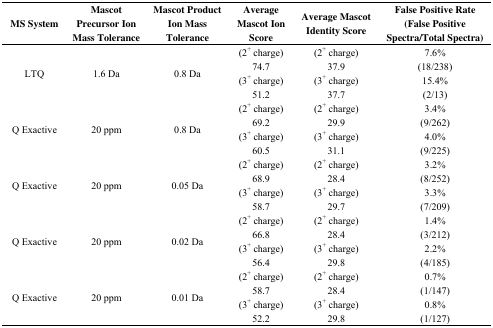
| MS System | Mascot Precursor Ion Mass Tolerance | Mascot Product Ion Mass Tolerance | Average Mascot Ion Score | Average Mascot Identity Score | False Positive Rate(False Positive Spectra/Total Spectra) |
 | --- | --- | --- | --- | --- | --- |
 | <ROWSPAN=2> LTQ | <ROWSPAN=2> 1.6 Da | <ROWSPAN=2> 0.8 Da | (2+ charge) 74.7 | (2+ charge) 37.9 | 7.6% (18/238) |
 | (3+ charge) 51.2 | (3+ charge) 37.7 | 15.4% (2/13) |
 | <ROWSPAN=2> Q Exactive | <ROWSPAN=2> 20 ppm | <ROWSPAN=2> 0.8 Da | (2+ charge) 69.2 | (2+ charge) 29.9 | 3.4% (9/262) |
 | (3+ charge) 60.5 | (3+ charge) 31.1 | 4.0% (9/225) |
 | <ROWSPAN=2> Q Exactive | <ROWSPAN=2> 20 ppm | <ROWSPAN=2> 0.05 Da | (2+ charge) 68.9 | (2+ charge) 28.4 | 3.2% (8/252) |
 | (3+ charge) 58.7 | (3+ charge) 29.7 | 3.3% (7/209) |
 | <ROWSPAN=2> Q Exactive | <ROWSPAN=2> 20 ppm | <ROWSPAN=2> 0.02 Da | (2+ charge) 66.8 | (2+ charge) 28.4 | 1.4% (3/212) |
 | (3+ charge) 56.4 | (3+ charge) 29.8 | 2.2% (4/185) |
 | <ROWSPAN=2> Q Exactive | <ROWSPAN=2> 20 ppm | <ROWSPAN=2> 0.01 Da | (2+ charge) 58.7 | (2+ charge) 28.4 | 0.7% (1/147) |
 | (3+ charge) 52.2 | (3+ charge) 29.8 | 0.8% (1/127) |